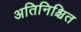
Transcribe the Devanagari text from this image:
अतिनिश्चित